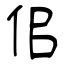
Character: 佀